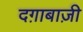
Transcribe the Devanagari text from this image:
दग़ाबाज़ी